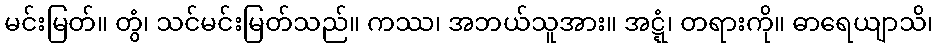
မင်းမြတ်။ တွံ၊ သင်မင်းမြတ်သည်။ ကဿ၊ အဘယ်သူအား။ အဋ္ဋံ၊ တရားကို။ ဓာရေယျာသိ၊